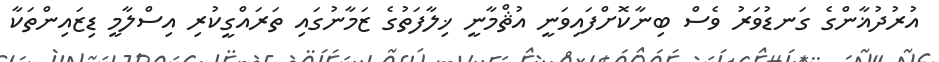
އުރުދުޣާންގެ ގަނޑުވަރު ވެސް ބިނާކޮށްފައިވަނީ އުޘްމާނީ ޚިލާފަތުގެ ޒަމާނުގައި ތަރައްގީކުރި އިސްލާމީ ޑިޒައިންތަކާ